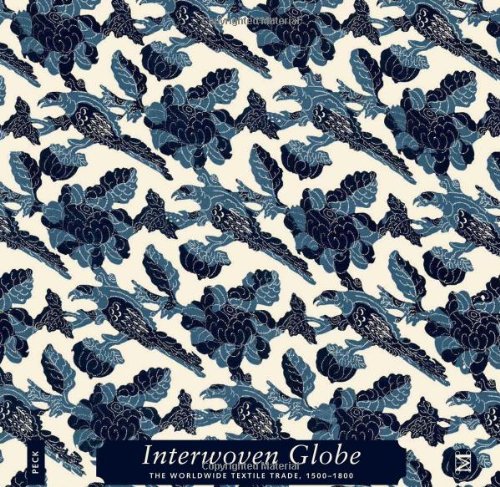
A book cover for Interwoven Globe: The Worldwide Textile Trade, 1500EE1800; Amelia Peck; Arts & Photography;